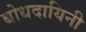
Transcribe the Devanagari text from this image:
बोधदायिनी